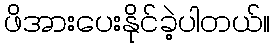
ဖိအားပေးနိုင်ခဲ့ပါတယ်။